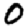
Digit: 0